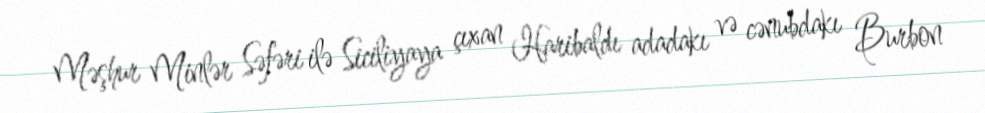
Məşhur Minlər Səfəri ilə Siciliyaya çıxan Haribaldı adadakı və cənubdakı Burbon